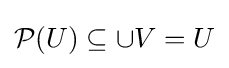
{\mathcal {P}}(U)\subseteq \cup V=U